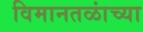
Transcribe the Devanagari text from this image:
विमानतळांच्या